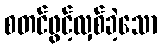
စတင်ဖွင့်လှစ်ခဲ့သော